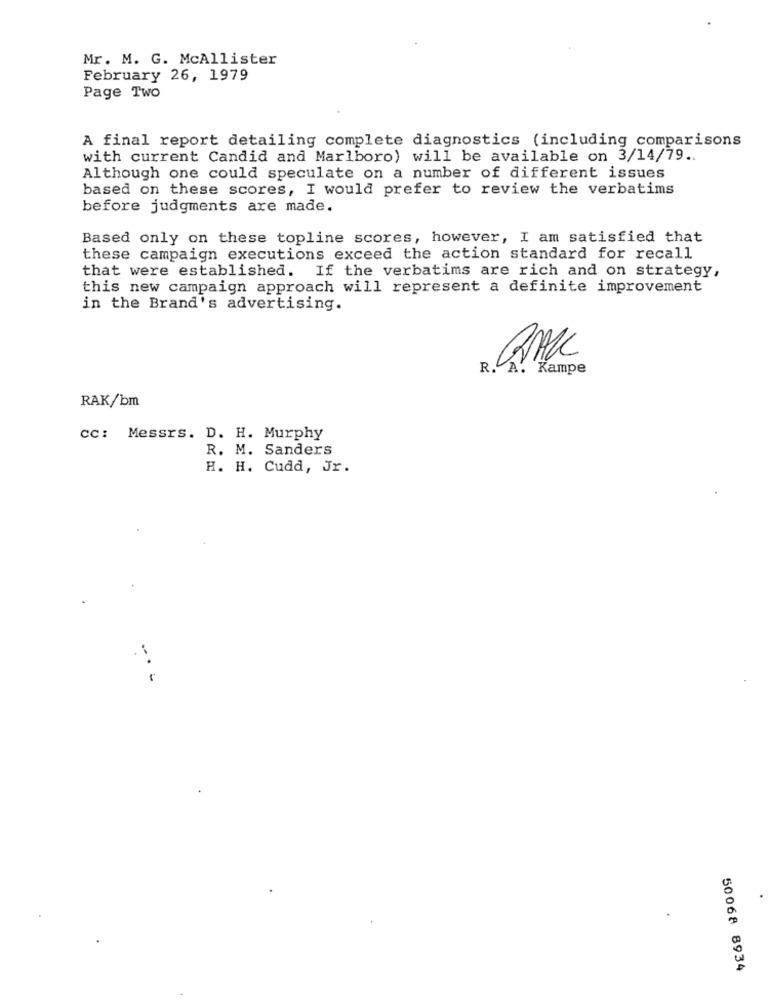
Mr. M. G. McAllister
February 26, 1979
Page Two
A final report detailing complete diagnostics (including comparisons
with current Candid and Marlboro) will be available on 3/14/79 ..
Although one could speculate on a number of different issues
based on these scores, I would prefer to review the verbatims
before judgments are made.
Based only on these topline scores, however, I am satisfied that
these campaign executions exceed the action standard for recall
that were established. If the verbatims are rich and on strategy,
this new campaign approach will represent a definite improvement
in the Brand's advertising.
R. A. Kampe
RAK/bm
cc: Messrs. D. H. Murphy
R. M. Sanders
H. H. Cudd, Jr.
---
50068 8934